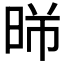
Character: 𣈰